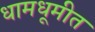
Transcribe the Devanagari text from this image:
धामधूमीत